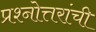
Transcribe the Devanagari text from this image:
प्रश्नोत्तरांची